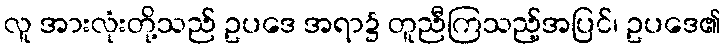
လူ အားလုံးတို့သည် ဥပဒေ အရာ၌ တူညီကြသည့်အပြင်၊ ဥပဒေ၏